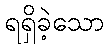
ရရှိခဲ့သော